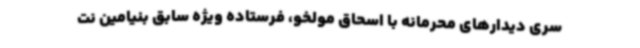
سری دیدارهای محرمانه با اسحاق مولخو، فرستاده ویژه سابق بنیامین نت